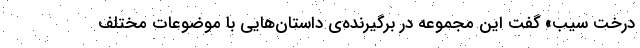
درخت سیب» گفت این مجموعه در برگیرنده­ی داستان­هایی با موضوعات مختلف